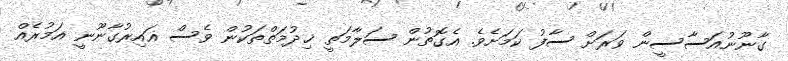
ގާނޫނުއަސާސީން ވަރަށް ސާފު ކަމަށެވެ. އެގޮތުން ސަލާމަތީ ޚިދުމަތްތަކުން ވެސް ޣައިރުގާނޫނީ އަމުރެއް